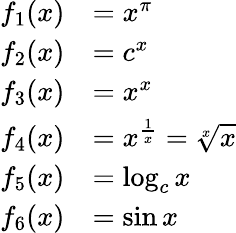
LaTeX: {\begin{array}{rl}{f_{1}(x)}&{=x^{\pi}}\\ {f_{2}(x)}&{=c^{x}}\\ {f_{3}(x)}&{=x^{x}}\\ {f_{4}(x)}&{=x^{\frac{1}{x}}={\sqrt[{x}]{x}}}\\ {f_{5}(x)}&{=\log_{c}x}\\ {f_{6}(x)}&{=\sin{x}}\end{array}}